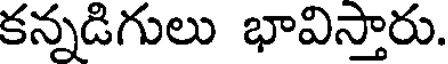
కన్నడిగులు భావిస్తారు.